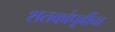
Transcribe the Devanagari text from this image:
शतकांपूर्वीचा